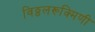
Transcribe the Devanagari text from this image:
विठ्ठलरूक्मिणी